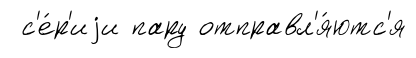
с'е́р'иjи пару отправл'я́ютс'я